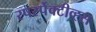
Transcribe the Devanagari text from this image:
रपर्स्पेक्टीव्ह्स